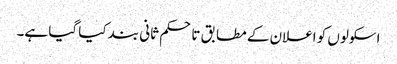
اسکولوں کو اعلان کے مطابق تاحکم ثانی بند کیا گیا ہے۔